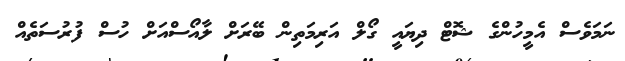
ނަމަވެސް އެމީހުންގެ ޝޮޓް ދިޔައީ ގޯލް އަރިމަތިން ބޭރަށް ލާއޯސްއަށް ހުސް ފުރުސަތެއް